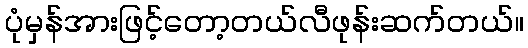
ပုံမှန်အားဖြင့်တော့တယ်လီဖုန်းဆက်တယ်။